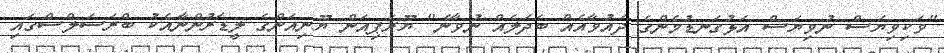
"ވަކިވިޔަސް ނުވިޔަސް އަޅުގަނޑުމެންގެ ދައުވާއެއް ބަދަލެއް ނުވާނެ" ޔޫރަޕިއަން ޔޫނިއަންގެ ލީޑަރުންނާއެކު ބްރަސަލްސްގައި